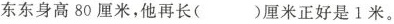
东东身高80厘米，他再长( )厘米正好是1米。